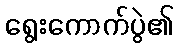
ရွေးကောက်ပွဲ၏